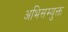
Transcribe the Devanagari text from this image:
अभिसम्युक्त